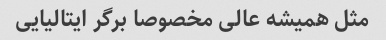
مثل همیشه عالی مخصوصا برگر ایتالیایی